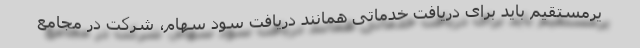
یرمستقیم باید برای دریافت خدماتی همانند دریافت سود سهام، شرکت در مجامع